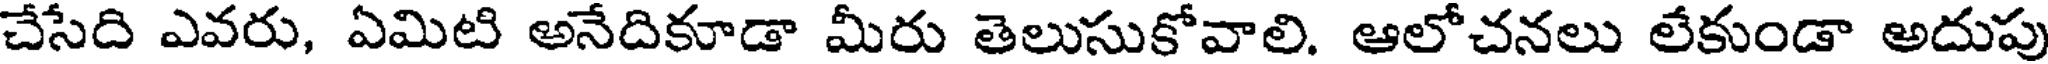
చేసేది ఎవరు, ఏమిటి అనేదికూడా మీరు తెలుసుకోవాలి. ఆలోచనలు లేకుండా అదుపు